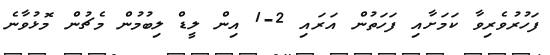
ފަހުރުވެރިވާ ކަމަށާއި ފަހަތުން އަރައި 2-1 އިން ލީޑް ލިބުމުން މެޗުން މޮޅުވާނެ